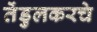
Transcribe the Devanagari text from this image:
तेंडुलकरचे